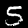
Label: 5